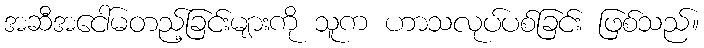
အဆီအငေါ်မတည့်ခြင်းများကို သူက ဟာသလုပ်ပစ်ခြင်း ဖြစ်သည်။